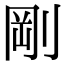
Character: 剛